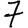
Digit: 7